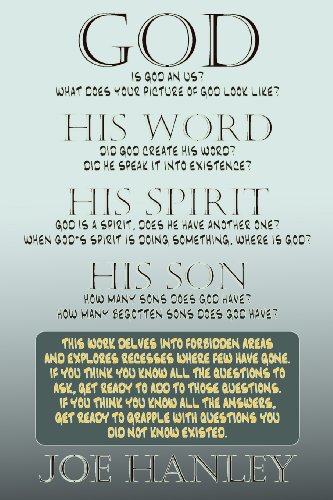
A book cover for God, His Word, His Spirit, His Son; Joe Hanley; Christian Books & Bibles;